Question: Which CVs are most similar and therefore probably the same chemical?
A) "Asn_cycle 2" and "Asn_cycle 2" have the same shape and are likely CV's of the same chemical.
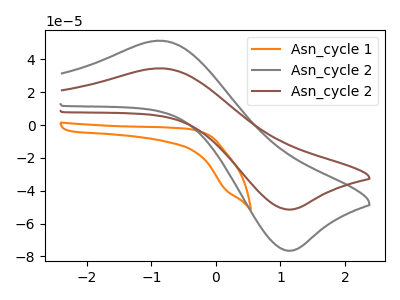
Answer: <think>The orange curve "Asn_cycle 1" has no peaks. The gray curve "Asn_cycle 2" has an anodic peak at (-0.85V, 51.30uA) and a cathodic peak at (1.15V, -76.50uA). The brown curve "Asn_cycle 2" has an anodic peak at (-0.85V, 34.50uA) and a cathodic peak at (1.15V, -51.45uA).
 "Asn_cycle 1" and "Asn_cycle 2" have a different number of peaks. "Asn_cycle 1" and "Asn_cycle 2" have a different number of peaks. All the peaks in "Asn_cycle 2" have a peak in "Asn_cycle 2" at the same potential. Every peak in "Asn_cycle 2" is higher than every peak in "Asn_cycle 2".</think>
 <answer>A) "Asn_cycle 2" and "Asn_cycle 2" have the same shape and are likely CV's of the same chemical.</answer>
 <eval>A</eval>